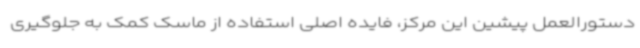
دستورالعمل پیشین این مرکز، فایده اصلی استفاده از ماسک کمک به جلوگیری